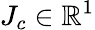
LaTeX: J_{c}\in\mathbb{R}^{1}